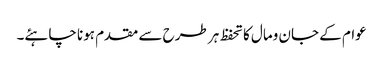
عوام کے جان ومال کاتحفظ ہر طرح سے مقدم ہونا چاہئے۔